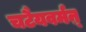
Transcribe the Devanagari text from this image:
चटैयवर्मऩ्